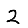
Digit: 2